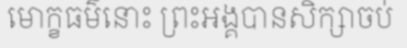
មោក្ខធម៌នោះ ព្រះអង្គបានសិក្សាចប់